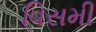
વિસમી